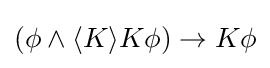
(\phi \land \langle K\rangle K\phi )\rightarrow K\phi